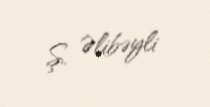
Ş. Əlibəyli